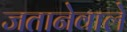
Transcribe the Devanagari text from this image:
जतानेवाले